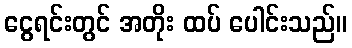
ငွေရင်းတွင် အတိုး ထပ် ပေါင်းသည်။